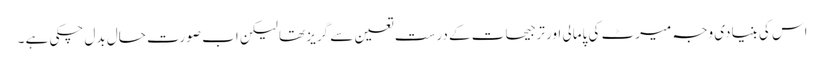
اس کی بنیادی وجہ میرٹ کی پامالی اور ترجیحات کے درست تعین سے گریز تھا لیکن اب صورتِ حال بدل چکی ہے ۔